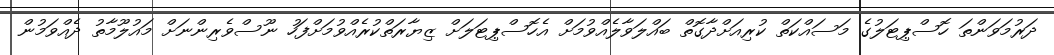
ދަރުމަވަންތަ ހޮސްޕިޓަލުގެ މަސައްކަތް ކުރިއަށްދާގޮތް ބައްލަވާލެއްވުމަށް އެހޮސްޕިޓަލަށް ޒިޔާރަތްކުރެއްވުމަށްފަހު ނޫސްވެރިންނަށް މައުލޫމާތު ދެއްވަމުން